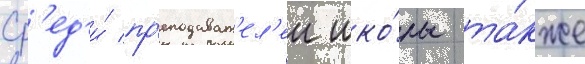
Ср'ед'и́ пр'еподават'ел'еи шко́лы та́кже